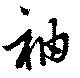
袖